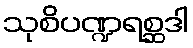
သုစိပဏ္ဍရစ္ဆဒါ